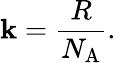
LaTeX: \mathbf{k}={\frac{{R}}{{N_{\mathrm{{A}}}}}}.